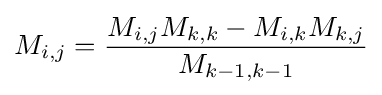
M_{i,j}={\frac {M_{i,j}M_{k,k}-M_{i,k}M_{k,j}}{M_{k-1,k-1}}}